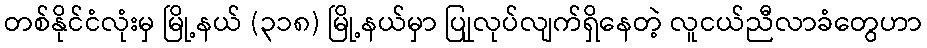
တစ်နိုင်ငံလုံးမှ မြို့နယ် (၃၁၈) မြို့နယ်မှာ ပြုုလုပ်လျက်ရှိနေတဲ့ လူငယ်ညီလာခံတွေဟာ